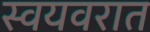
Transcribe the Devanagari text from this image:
स्वयवरात